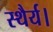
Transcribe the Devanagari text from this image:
स्थैर्य।